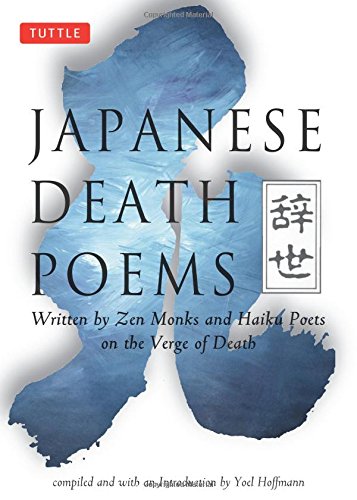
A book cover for Japanese Death Poems: Written by Zen Monks and Haiku Poets on the Verge of Death; Literature & Fiction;